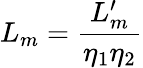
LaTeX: L_{m}=\frac{L_{m}^{\prime}}{\eta_{1}\eta_{2}}